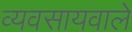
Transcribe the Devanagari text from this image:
व्यवसायवाले